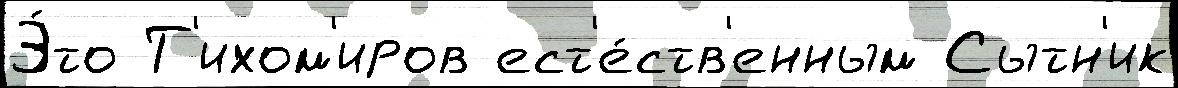
Э́то Т'ихом'иров ест'е́ств'енным Сытн'ик